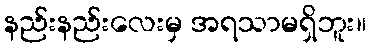
နည်းနည်းလေးမှ အရသာမရှိဘူး။